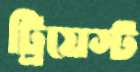
ট্রিয়েস্ট